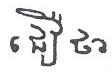
ជឿ ថា